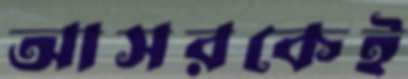
আসরকেই